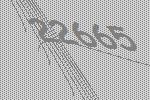
22665